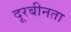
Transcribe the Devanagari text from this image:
दूरबीनता